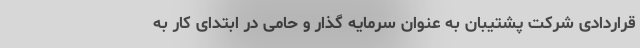
قراردادی شرکت پشتیبان به عنوان سرمایه گذار و حامی در ابتدای کار به